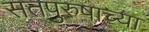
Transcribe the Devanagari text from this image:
सतपुरुषाच्या